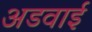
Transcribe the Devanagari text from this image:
अडवाई